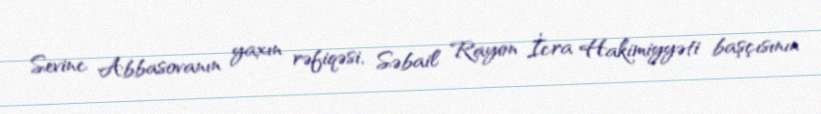
Sevinc Abbasovanın yaxın rəfiqəsi, Səbail Rayon İcra Hakimiyyəti başçısının